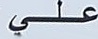
علي